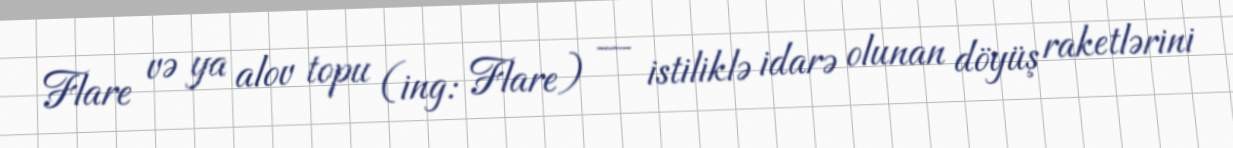
Flare və ya alov topu (ing: Flare) — istiliklə idarə olunan döyüş raketlərini